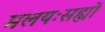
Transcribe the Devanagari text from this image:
मलयःसह्यो